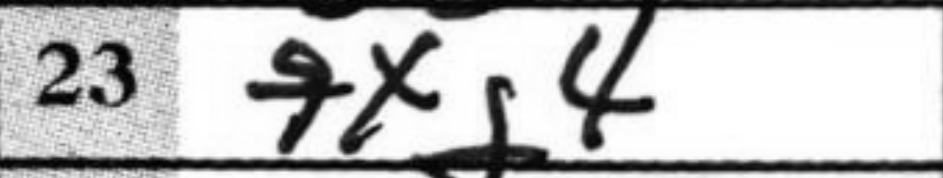
Transcription: fxg4